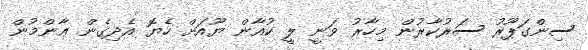
ސިންގަޕޫރު ސަރުކާރުން މިހާރު ވަނީ ލީ ކުއާން ޔޫއަށް ހެޔޮ އެދިގެން ޢާންމުން